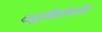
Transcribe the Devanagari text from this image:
वस्तुनिष्ठतेवरील